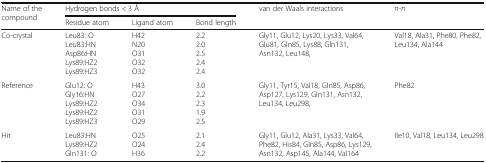
<table><thead><tr><td rowspan="2"><b>Name of the compound</b></td><td colspan="3"><b>Hydrogen bonds &lt; 3 Å</b></td><td rowspan="2"><b>van der Waals interactions</b></td><td rowspan="2"><b>π-π</b></td></tr><tr><td><b>Residue atom</b></td><td><b>Ligand atom</b></td><td><b>Bond length</b></td></tr></thead><tbody><tr><td>Co-crystal</td><td>Leu83: OLeu83:HNAsp86:HNLys89:HZ2Lys89:HZ3</td><td>H42N20O31O32O32</td><td>2.22.02.52.42.4</td><td>Gly11, Glu12, Lys20, Lys33, Val64, Glu81, Gln85, Lys88, Gln131, Asn132, Leu148,</td><td>Val18, Ala31, Phe80, Phe82, Leu134, Ala144</td></tr><tr><td>Reference</td><td>Glu12: OGly16:HNLys89:HZ2Lys89:HZ2Lys89:HZ3</td><td>H43O27O34O31O29</td><td>3.02.22.31.92.5</td><td>Gly11, Tyr15, Val18, Gln85, Asp86, Asp127, Lys129, Gln131, Asn132, Leu134, Leu298,</td><td>Phe82</td></tr><tr><td>Hit</td><td>Leu83:HNLys89:HZ2Gln131: O</td><td>O25O24H36</td><td>2.12.42.2</td><td>Gly11, Glu12, Ala31, Lys33, Val64, Phe82, His84, Gln85, Asp86, Lys129, Asn132, Asp145, Ala144, Val164</td><td>Ile10, Val18, Leu134, Leu298</td></tr></tbody></table>